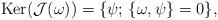
LaTeX: \begin{align*}\textrm{Ker}(\mathcal{J}(\omega)) = \{ \psi;\, \{\omega,\psi\}=0 \},\end{align*}